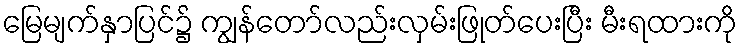
မြေမျက်နှာပြင်၌ ကျွန်တော်လည်းလှမ်းဖြုတ်ပေးပြီး မီးရထားကို